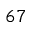
^ { 6 7 }